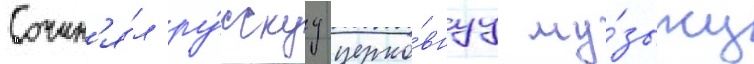
Сочин'я́л ру́сскуу церко́внуу му́зыку